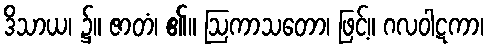
ဒိသာယ၊ ၌။ ဇာတံ၊ ၏။ ဩကာသတော၊ ဖြင့်။ ဂလဝါဋကာ၊